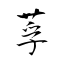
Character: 莩